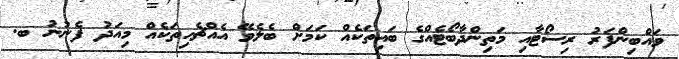
ވައްބިންފަރު ރިސޯޓާއި މަތިންދާބޯޓެއްގެ ބައިތަކެއް ކަމަށް ބެލެވޭ އެއްޗެހިތަކެއް މިއަދު ފެނުނު ބ.